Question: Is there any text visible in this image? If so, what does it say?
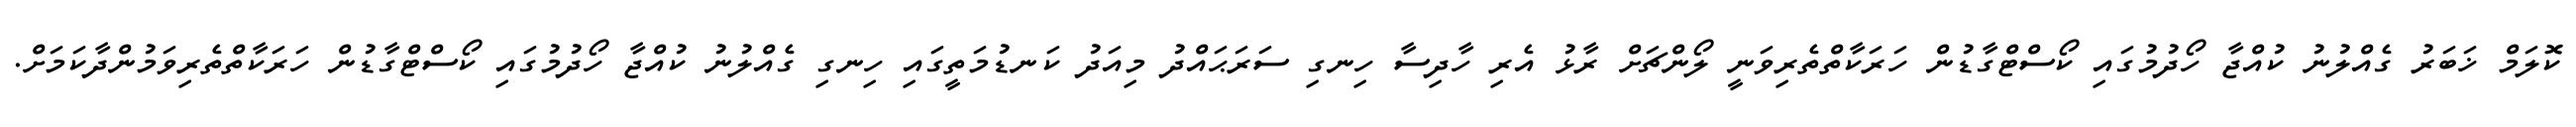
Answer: ކޮލަމް ޚަބަރު ގެއްލުނު ކުއްޖާ ހޯދުމުގައި ކޯސްޓްގާޑުން ހަރަކާތްތެރިވަނީ ލޯންޗަށް ރާޅު އެރި ހާދިސާ ހިނގި ސަރަޙައްދު މިއަދު ކަނޑުމަތީގައި ހިނގި ގެއްލުނު ކުއްޖާ ހޯދުމުގައި ކޯސްޓްގާޑުން ހަރަކާތްތެރިވަމުންދާކަމަށް.